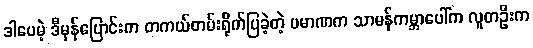
ဒါပေမဲ့ ဒီမှန်ပြောင်းက တကယ်တမ်းရိုက်ပြခဲ့တဲ့ ပမာဏက သာမန်ကမ္ဘာပေါ်က လူတဦးက